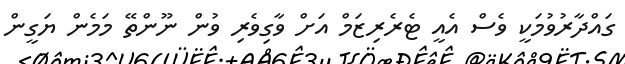
ގައްދާރުވުމަކީ ވެސް އެއީ ޓެރެރިޒަމް އަށް ވާގިވެރި ވުން ނޫންތޭ މަމެން ޔަގީން